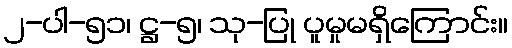
၂-ပါ-၅၁၊ ဋ္ဌ-၅၊ သု-ပြု ပူမှုမရှိကြောင်း။